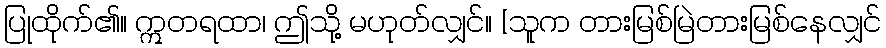
ပြုထိုက်၏။ ဣတရထာ၊ ဤသို့ မဟုတ်လျှင်။ [သူက တားမြစ်မြဲတားမြစ်နေလျှင်